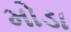
મોડા